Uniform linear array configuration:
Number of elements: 8
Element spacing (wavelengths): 0.5
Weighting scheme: hann
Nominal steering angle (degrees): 30
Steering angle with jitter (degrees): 29.3
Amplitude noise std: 0.05
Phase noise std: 0.05

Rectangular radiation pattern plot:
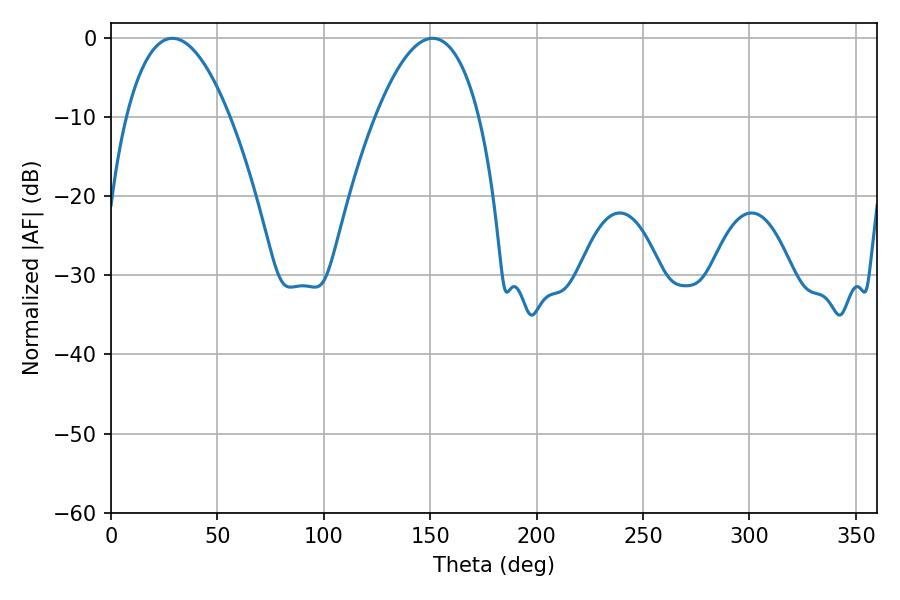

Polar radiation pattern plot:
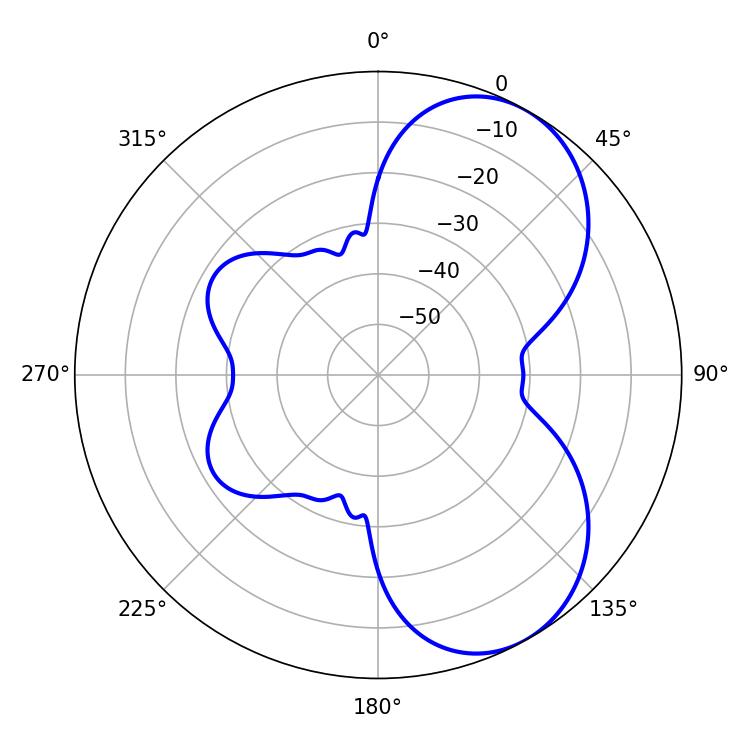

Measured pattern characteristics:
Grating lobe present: FALSE
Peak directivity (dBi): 6.067
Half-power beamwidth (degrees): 27
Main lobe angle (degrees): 28.8